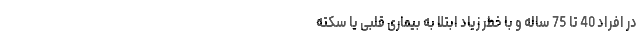
در افراد 40 تا 75 ساله و با خطر زیاد ابتلا به بیماری قلبی یا سکته